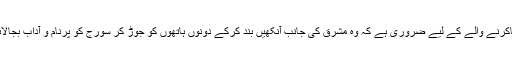
یوگاکرنے والے کے لیے ضروری ہے کہ وہ مشرق کی جانب آنکھیں بند کرکے دونوں ہاتھوں کو جوڑ کر سورج کو پرنام و آداب بجالائے۔